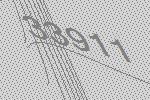
33911